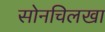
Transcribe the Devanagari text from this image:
सोनचिलखा